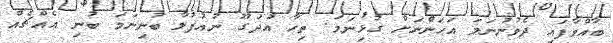
ބާއްވާފައި ދެވުނުނަމަ އަހަންނަށް ގުޅިނަމަ. ތިހާ އުދަގޫ ނުއުފުލާ ބުނިނަމަ ބުނި އެއްޗެއް